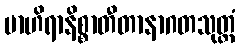
ဗာဟိရာနိစ္စာတီတာနာဂတသုတ္တံ